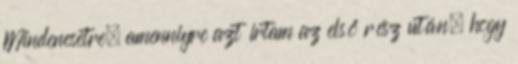
Mindenesetre, amenniyre azt írtam az első rész után, hogy